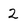
Character: 2